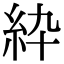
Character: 紣